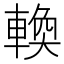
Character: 𬧸